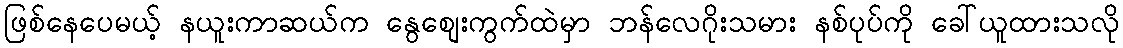
ဖြစ်နေပေမယ့် နယူးကာဆယ်က နွေစျေးကွက်ထဲမှာ ဘန်လေဂိုးသမား နစ်ပုပ်ကို ခေါ်ယူထားသလို